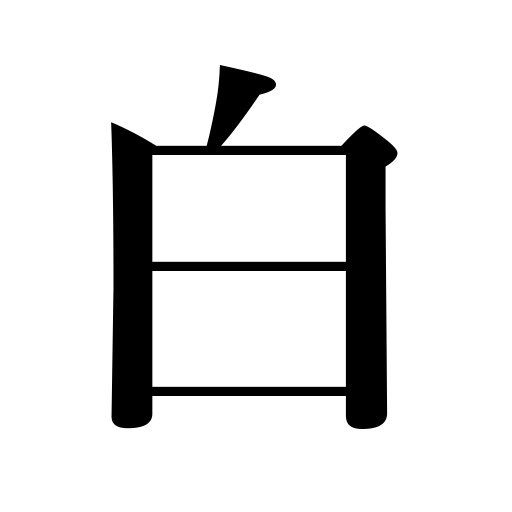
Meanings: spotless,fair skin,white,blank paper,feigned ignorance,innocent,gray hair